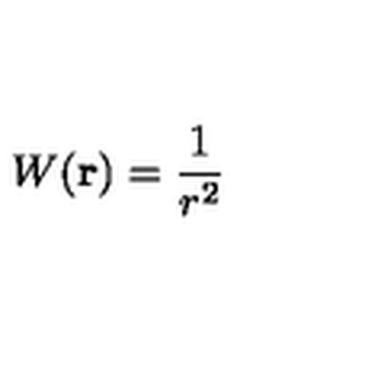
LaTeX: W ( { \bf r } ) = \frac { 1 } { r ^ { 2 } }